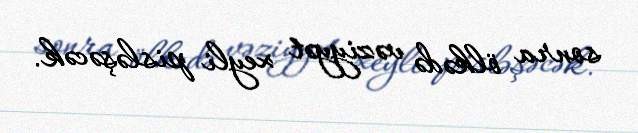
sonra ölkədə vəziyyət xeyli pisləşəcək.